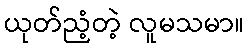
ယုတ်ညံ့တဲ့ လူမသမာ။